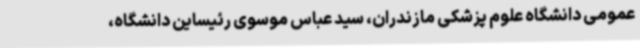
عمومی دانشگاه علوم پزشکی مازندران، سید عباس موسوی رئیساین دانشگاه،